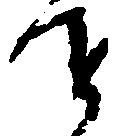
進